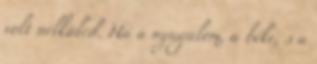
volt nélküled. Ha a nyugalom, a béke, s a